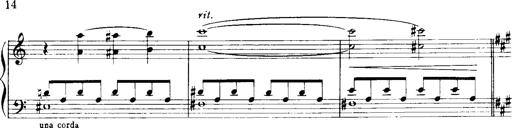
Title: Historische ungarische Bildnisse
Composer: Franz Liszt